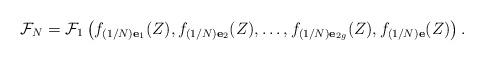
LaTeX: \begin{align*}\mathcal{F}_N=\mathcal{F}_1\left(f_{(1/N)\mathbf{e}_1}(Z),f_{(1/N)\mathbf{e}_2}(Z),\ldots,f_{(1/N)\mathbf{e}_{2g}}(Z),f_{(1/N)\mathbf{e}}(Z)\right).\end{align*}